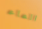
الماء